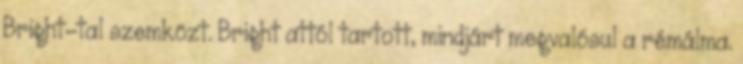
Bright-tal szemközt. Bright attól tartott, mindjárt megvalósul a rémálma.